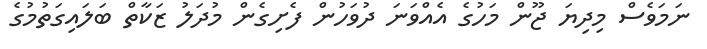
ނަމަވެސް މިދިޔަ ޖޫން މަހުގެ އެއްވަނަ ދުވަހުން ފެށިގެން މުދަލު ޒަކާތް ބަލައިގަތުމުގެ